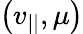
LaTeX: \left(v_{||},\mu\right)